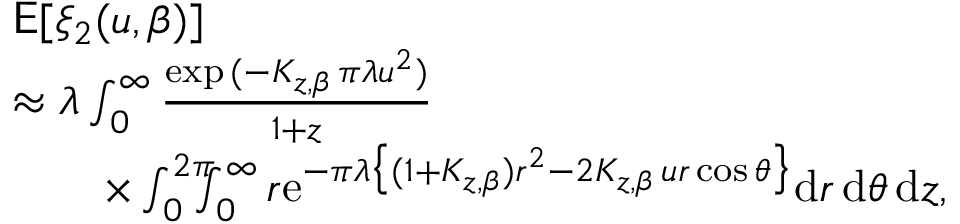
\begin{array} { r l } & { \mathsf { E } [ \xi _ { 2 } ( u , \beta ) ] } \\ & { \approx \lambda \int _ { 0 } ^ { \infty } \frac { \exp { ( - K _ { z , \beta } \, \pi \lambda u ^ { 2 } ) } } { 1 + z } } \\ & { \qquad \mathrm \times \int _ { 0 } ^ { 2 \pi } \! \! \! \! \int _ { 0 } ^ { \infty } r \mathrm { e } ^ { - \pi \lambda \big \{ ( 1 + K _ { z , \beta } ) r ^ { 2 } - 2 K _ { z , \beta } \, u r \cos \theta \big \} } \mathrm { d } r \, \mathrm { d } \theta \, \mathrm { d } z , } \end{array}